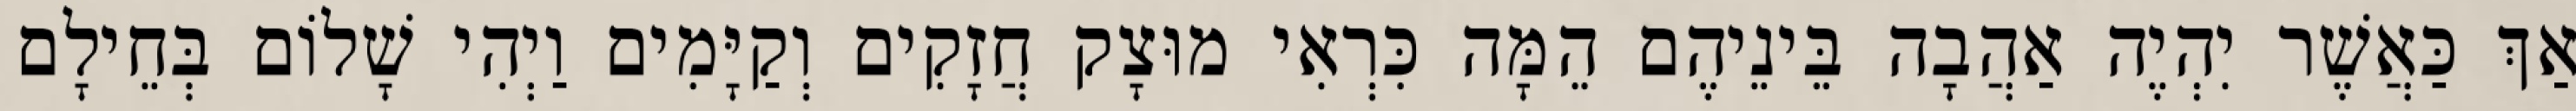
אַךְ כַּאֲשֶׁר יִהְיֶה אַהֲבָה בֵּינֵיהֶם הֵמָּה כִּרְאִי מוּצָק חֲזָקִים וְקַיָּמִים וַיְהִי שָׁלוֹם בְּחֵילָם